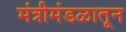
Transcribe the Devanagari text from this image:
मंत्रीमंडळातून